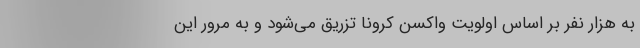
به هزار نفر بر اساس اولویت واکسن کرونا تزریق می‌شود و به مرور این